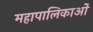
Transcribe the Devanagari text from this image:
महापालिकाओं